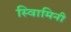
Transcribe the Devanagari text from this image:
स्वािमिनी